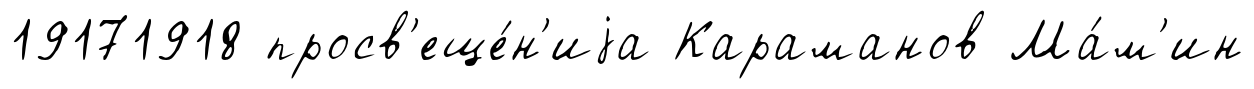
19171918 просв'еще́н'иjа Караманов Ма́м'ин